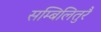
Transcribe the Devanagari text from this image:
सम्बिलितुरै